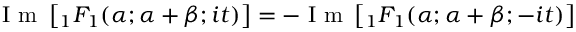
{ \textrm { I m } } \left[ { } _ { 1 } F _ { 1 } ( \alpha ; \alpha + \beta ; i t ) \right] = - { \textrm { I m } } \left[ { } _ { 1 } F _ { 1 } ( \alpha ; \alpha + \beta ; - i t ) \right]